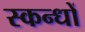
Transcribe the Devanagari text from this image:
स्कन्धों